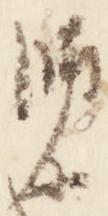
師